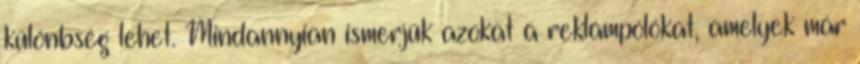
különbség lehet. Mindannyian ismerjük azokat a reklámpólókat, amelyek már